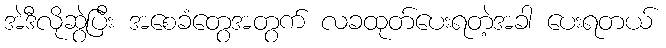
အဲဒီလိုဆွဲပြီး အစေခံတွေအတွက် လခထုတ်ပေးရတဲ့အခါ ပေးရတယ်